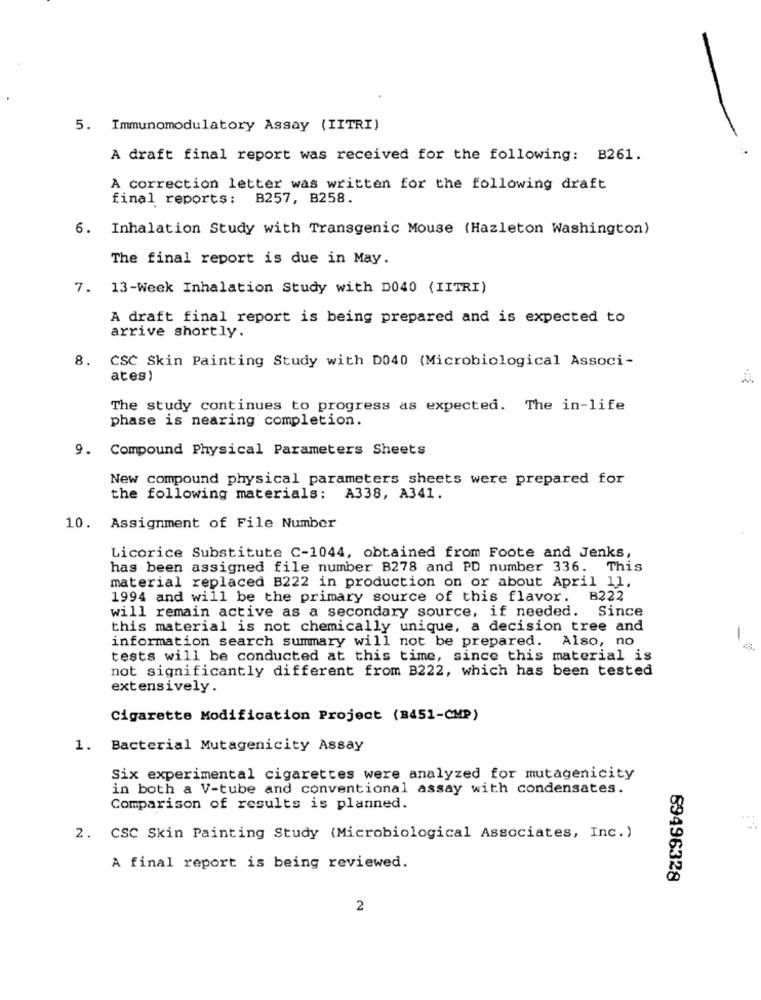
5. Immunomodulatory Assay (IITRI)
-
A draft final report was received for the following: B261.
A correction letter was written for the following draft
final reports: B257, B258.
6. Inhalation Study with Transgenic Mouse (Hazleton Washington)
The final report is due in May.
7. 13-Week Inhalation Study with D040 (IITRI)
A draft final report is being prepared and is expected to
arrive shortly.
8. CSC Skin Painting Study with D040 (Microbiological Associ-
ates)
The study continues to progress as expected. The in-life
phase is nearing completion.
9. Compound Physical Parameters Sheets
New compound physical parameters sheets were prepared for
the following materials: A338, A341.
10. Assignment of File Number
Licorice Substitute C-1044, obtained from Foote and Jenks,
has been assigned file number B278 and PD number 336. This
material replaced B222 in production on or about April 11,
1994 and will be the primary source of this flavor. B222
will remain active as a secondary source, if needed. Since
this material is not chemically unique, a decision tree and
information search summary will not be prepared. Also, no
tests will be conducted at this time, since this material is
not significantly different from B222, which has been tested
extensively.
Cigarette Modification Project (8451-CMP)
1. Bacterial Mutagenicity Assay
Six experimental cigarettes were analyzed for mutagenicity
in both a V-tube and conventional assay with condensates.
Comparison of results is planned.
2. CSC Skin Painting Study (Microbiological Associates, Inc.)
A final report is being reviewed.
69496328
2